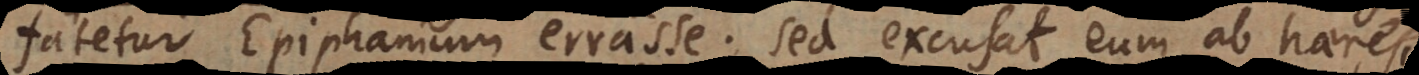
fatetur Epiphanium errasse; sed excusat eum ab haeresi